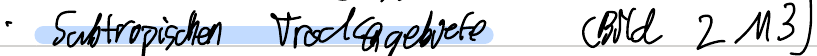
- Subtropischen Trockengebiete (Bild 2 M3)